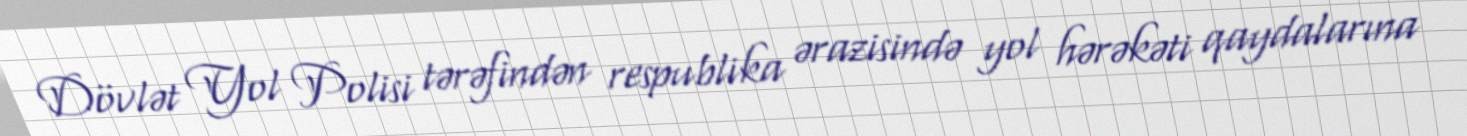
Dövlət Yol Polisi tərəfindən respublika ərazisində yol hərəkəti qaydalarına